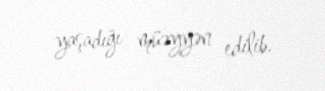
yaşadığı müəyyən edilib.